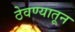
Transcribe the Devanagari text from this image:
ठेवण्यातून